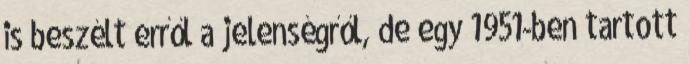
is beszélt erről a jelenségről, de egy 1951-ben tartott